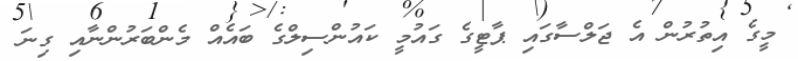
މީގެ އިތުުރުން އެ ޖަލްސާގައި ޕާޓީގެ ގައުމީ ކައުންސިލްގެ ބައެއް މެންބަރުންނާއި ގިނަ